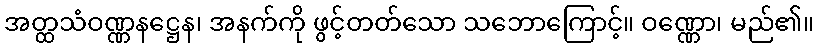
အတ္ထသံဝဏ္ဏနဋ္ဌေန၊ အနက်ကို ဖွင့်တတ်သော သဘောကြောင့်။ ဝဏ္ဏော၊ မည်၏။